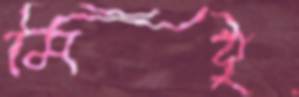
মিঠু